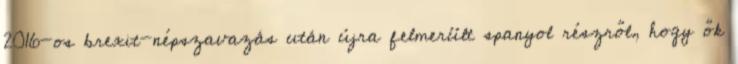
2016-os brexit-népszavazás után újra felmerült spanyol részről, hogy ők